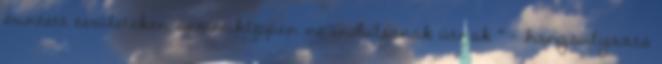
érintett területeken semmiképpen ne induljanak útnak " - hangsúlyozta